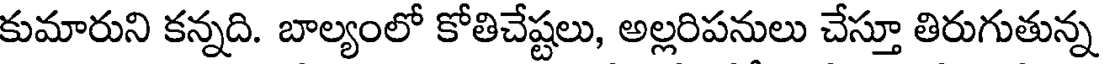
కుమారుని కన్నది. బాల్యంలో కోతిచేష్టలు, అల్లరిపనులు చేస్తూ తిరుగుతున్న